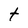
Character: t